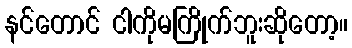
နင်တောင် ငါကိုမကြိုက်ဘူးဆိုတော့။